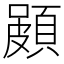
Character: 𮨐